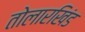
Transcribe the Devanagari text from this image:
तोलारखिंड